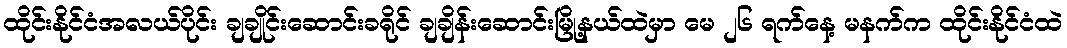
ထိုင်းနိုင်ငံအလယ်ပိုင်း ချချိုင်းဆောင်းခရိုင် ချချိန်းဆောင်းမြို့နယ်ထဲမှာ မေ ၂၆ ရက်နေ့ မနက်က ထိုင်းနိုင်ငံထဲ